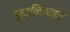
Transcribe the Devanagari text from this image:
सुचविण्यास